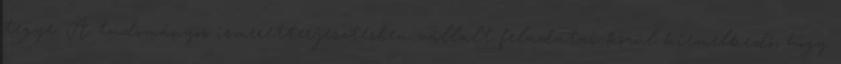
tegye. A tudományos ismeretterjesztésben vállalt feladatai közül kiemelkedő, hogy